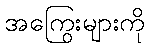
အကြွေးများကို